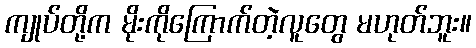
ကျုပ်တို့က မိုးကိုကြောက်တဲ့လူတွေ မဟုတ်ဘူး။